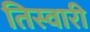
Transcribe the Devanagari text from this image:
तिस्वारी